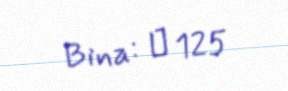
Bina: № 125